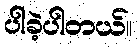
ပါခဲ့ပါတယ်။